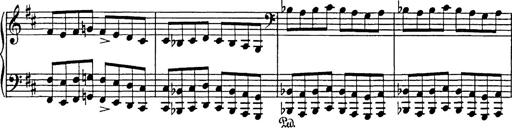
Title: Hungarian Rhapsody No.17
Composer: Franz Liszt
Key: D minor